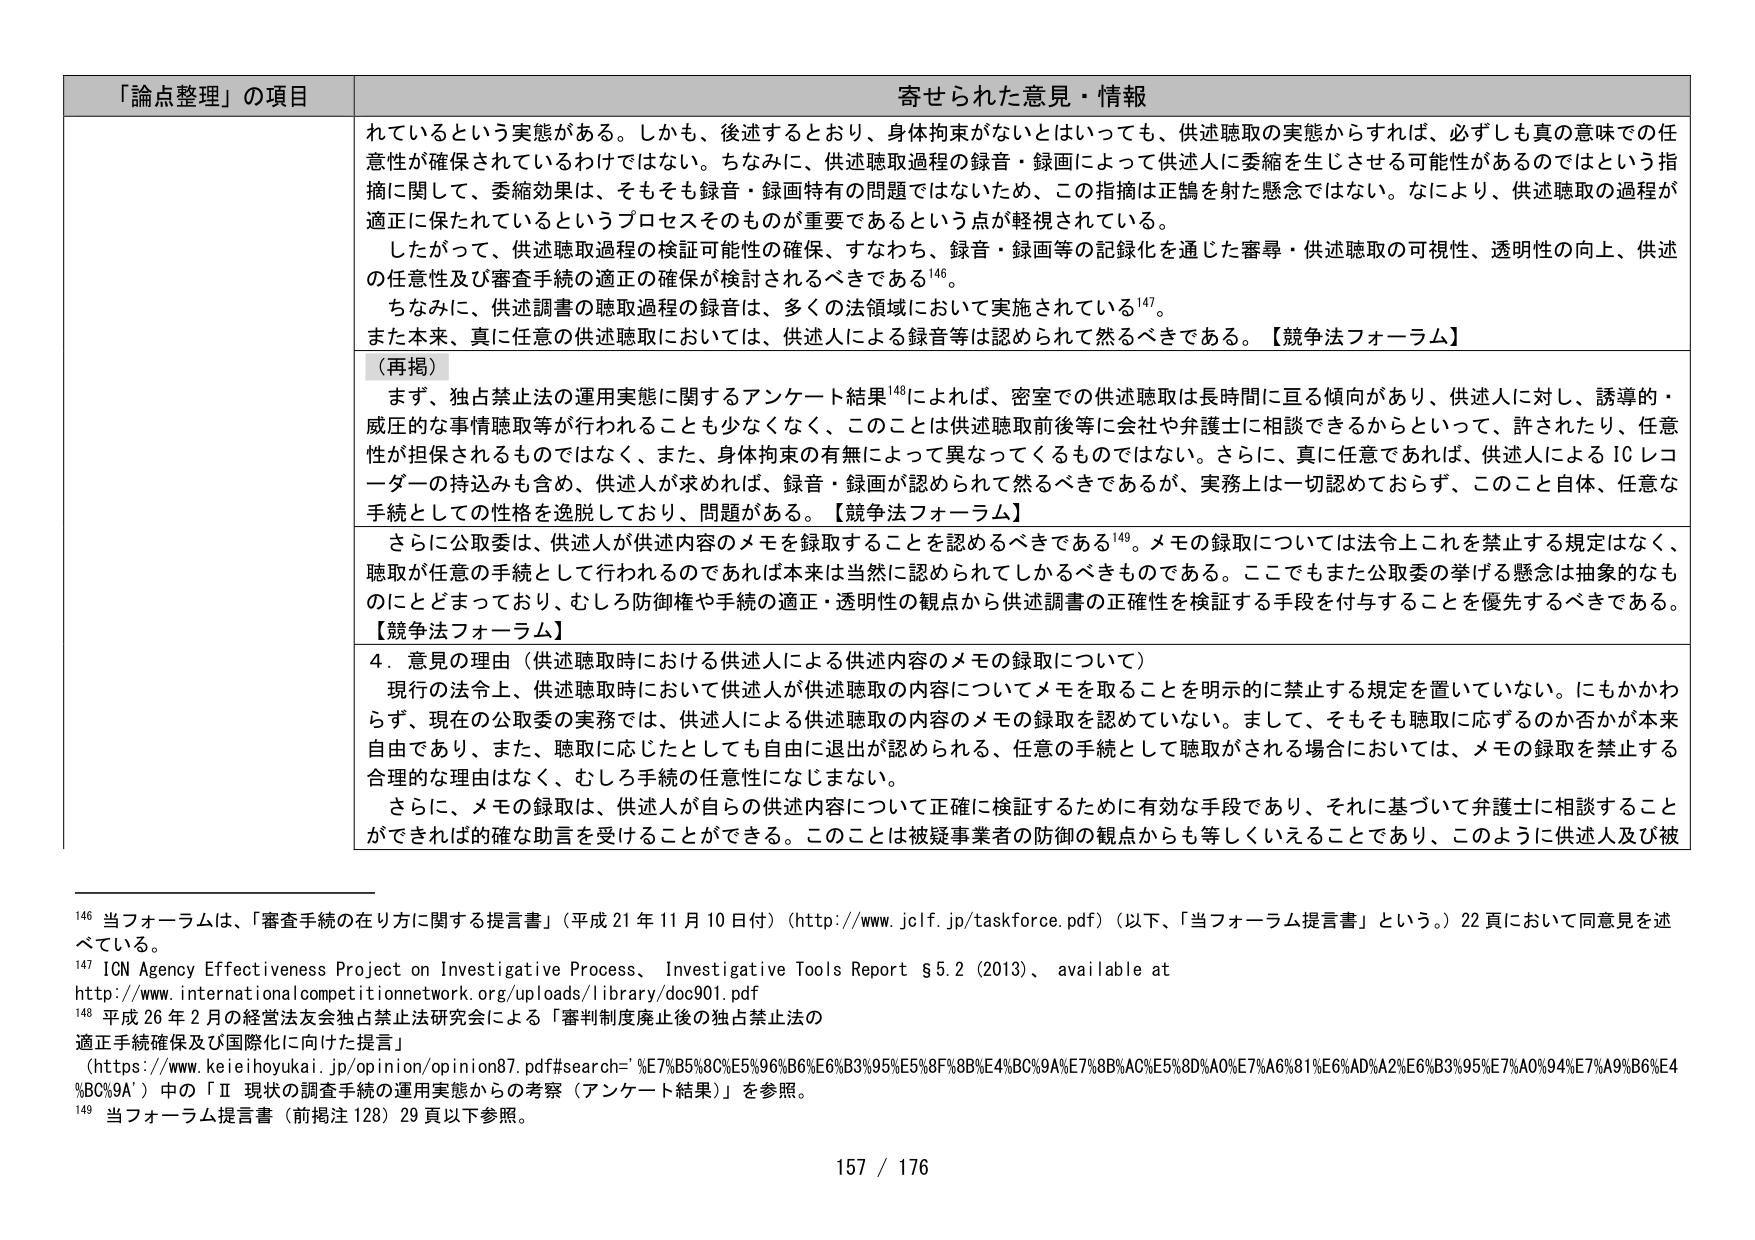
「論点整理」の項目 寄せられた意見・情報
れているという実態がある。しかも、後述するとおり、身体拘束がないとはいっても、供述聴取の実態からすれば、必ずしも真の意味での任意性が確保されているわけではない。ちなみに、供述聴取過程の録音・録画によって供述人に委縮を生じさせる可能性があるのではという指摘に関して、委縮効果は、そもそも録音・録画特有の問題ではないため、この指摘は正鵠を射た懸念ではない。なにより、供述聴取の過程が適正に保たれているというプロセスそのものが重要であるという点が軽視されている。
したがって、供述聴取過程の検証可能性の確保、すなわち、録音・録画等の記録化を通じた審尋・供述聴取の可視性、透明性の向上、供述の任意性及び審査手続の適正の確保が検討されるべきである146。
ちなみに、供述調書の聴取過程の録音は、多くの法領域において実施されている147。
また本来、真に任意の供述聴取においては、供述人による録音等は認められて然るべきである。【競争法フォーラム】
（再掲）
まず、独占禁止法の運用実態に関するアンケート結果148によれば、密室での供述聴取は長時間に亘る傾向があり、供述人に対し、誘導的・威圧的な事情聴取等が行われることも少なくなく、このことは供述聴取前後等に会社や弁護士に相談できるからといって、許されたり、任意性が担保されるものではなく、また、身体拘束の有無によって異なってくるものではない。さらに、真に任意であれば、供述人によるICレコーダーの持込みも含め、供述人が求めれば、録音・録画が認められて然るべきであるが、実務上は一切認めておらず、このこと自体、任意な手続としての性格を逸脱しており、問題がある。【競争法フォーラム】
さらに公取委は、供述人が供述内容のメモを録取することを認めるべきである149。メモの録取については法令上これを禁止する規定はなく、聴取が任意の手続として行われるのであれば本来は当然に認められてしかるべきものである。ここでもまた公取委の挙げる懸念は抽象的なものにとどまっており、むしろ防御権や手続の適正・透明性の観点から供述調書の正確性を検証する手段を付与することを優先すべきである。【競争法フォーラム】
4．意見の理由（供述聴取時における供述人による供述内容のメモの録取について）
現行の法令上、供述聴取時において供述人が供述聴取の内容についてメモを取ることを明示的に禁止する規定を置いていない。にもかかわらず、現在の公取委の実務では、供述人による供述聴取の内容のメモの録取を認めていない。まして、そもそも聴取に応ずるのか否かが本来自由であり、また、聴取に応じたとしても自由に退出が認められる、任意の手続として聴取がされる場合においては、メモの録取を禁止する合理的な理由はなく、むしろ手続の任意性になじまない。
さらに、メモの録取は、供述人が自らの供述内容について正確に検証するために有効な手段であり、それに基づいて弁護士に相談することができれば確な助言を受けることができる。このことは被疑事業者の防御の観点からも等しくいえることであり、このように供述人及び被
146 当フォーラムは、「審査手続の在り方に関する提言書」（平成21年11月10日付）（http://www.jclf.jp/taskforce.pdf）（以下、「当フォーラム提言書」という。）22頁において同意見を述べている。
147 ICN Agency Effectiveness Project on Investigative Process, Investigative Tools Report §5.2 (2013), available at http://www.internationalcompetitivenetwork.org/uploads/library/doc901.pdf
148 平成26年2月の経営法友会独占禁止法研究会による「審判制度廃止後の独占禁止法の適正手続確保及び国際化に向けた提言」（https://www.keieihoyukai.jp/opinion/opinion87.pdf#search='%E7%B5%8C%E5%96%B6%E6%B3%95%E5%8F%8B%E4%BC%9A%E7%8B%AC%E5%8D%A0%E7%A6%81%E6%AD%A2%E6%B3%95%E7%A0%94%E7%A9%B6%E4%BC%9A'）中の「Ⅱ 現状の調査手続の運用実態からの考察（アンケート結果）」を参照。
149 当フォーラム提言書（前掲注128）29頁以下参照。
157 / 176